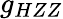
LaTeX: g_{HZZ}